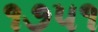
૧૭૫૧